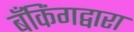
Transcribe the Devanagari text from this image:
बँकिंगद्वारा